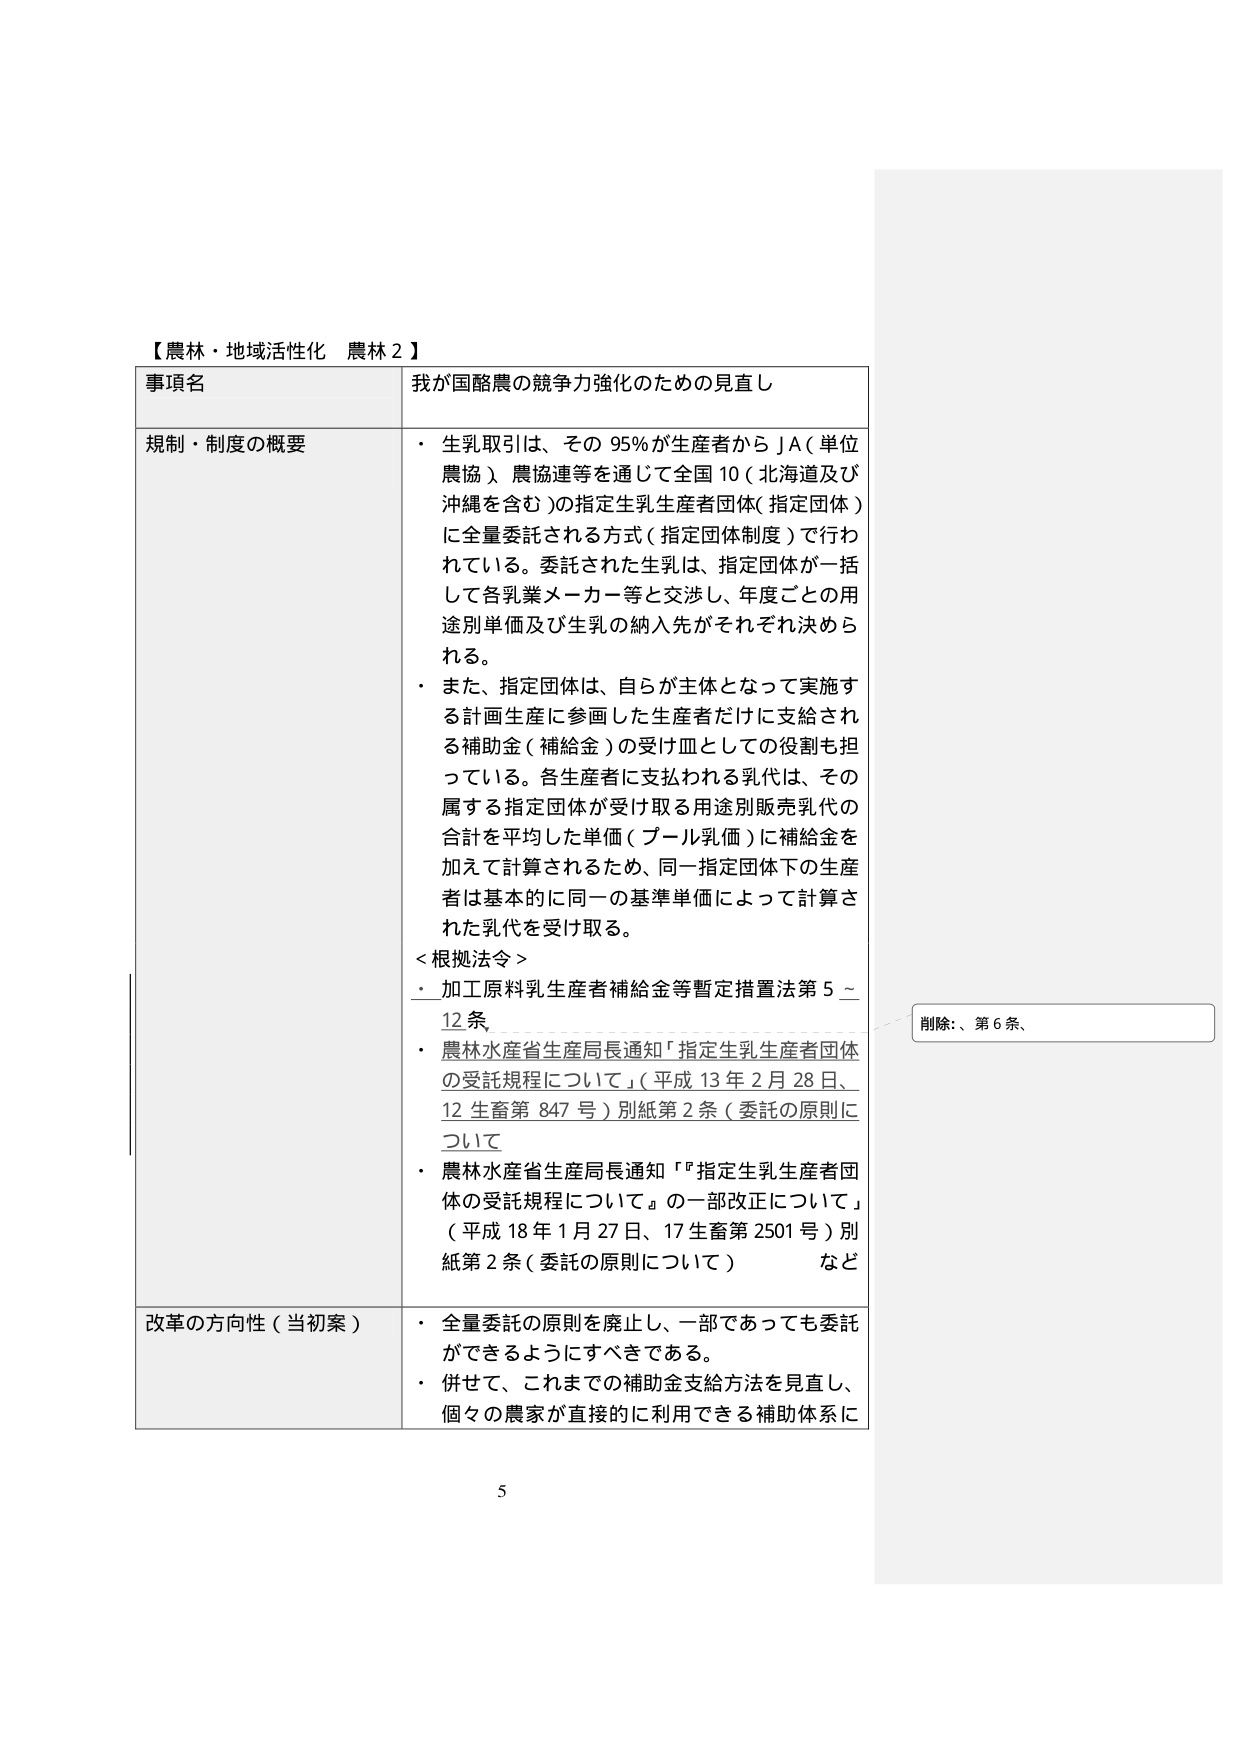
【農林・地域活性化 農林２】

事項名 我が国酪農の競争力強化のための見直し

規制・制度の概要
・ 生乳取引は、その 95％が生産者から JA（単位農協）農協連等を通じて全国 10（北海道及び沖縄を含む）の指定生乳生産者団体（指定団体）に全量委託される方式（指定団体制度）で行われている。委託された生乳は、指定団体が一括して各乳業メーカー等と交渉し、年度ごとの用途別単価及び生乳の納入先がそれぞれ決められる。
・ また、指定団体は、自らが主体となって実施する計画生産に参画した生産者だけに支給される補助金（補給金）の受け皿としての役割も担っている。各生産者に支払われる乳代は、その属する指定団体が受け取る用途別販売乳代の合計を平均した単価（プール乳価）に補給金を加えて計算されるため、同一指定団体下の生産者は基本的に同一の基準単価によって計算された乳代を受け取る。

＜根拠法令＞
・ 加工原料乳生産者補給金等暫定措置法第 5～12 条
・ 農林水産省生産局長通知「指定生乳生産者団体の受託規程について」（平成 13 年 2 月 28 日、12 生畜第 847 号）別紙第 2 条（委託の原則について）
・ 農林水産省生産局長通知「『指定生乳生産者団体の受託規程について』の一部改正について」（平成 18 年 1 月 27 日、17 生畜第 2501 号）別紙第 2 条（委託の原則について） など

改革の方向性（当初案）
・ 全量委託の原則を廃止し、一部であっても委託ができるようにすべきである。
・ 併せて、これまでの補助金支給方法を見直し、個々の農家が直接的に利用できる補助体系に

削除：、第６条、

5